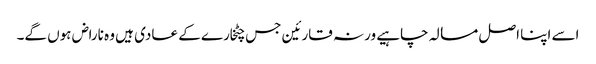
اسے اپنا اصل مسالہ چاہیے ورنہ قارئین جس چٹخارے کے عادی ہیں وہ ناراض ہوں گے۔